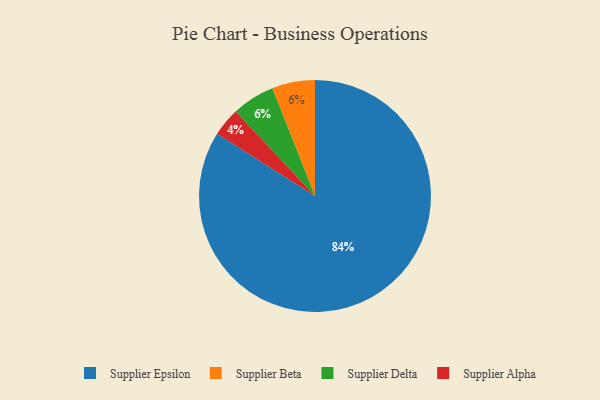
{"axis": {"x": "Category", "y": "Percentage"}, "legend": ["Supplier Alpha", "Supplier Beta", "Supplier Delta", "Supplier Epsilon"], "data": [{"x": "Supplier Beta", "y": 6, "type": "Supplier Beta"}, {"x": "Supplier Alpha", "y": 4, "type": "Supplier Alpha"}, {"x": "Supplier Epsilon", "y": 84, "type": "Supplier Epsilon"}, {"x": "Supplier Delta", "y": 6, "type": "Supplier Delta"}]}